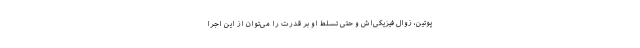
پوتین، زوال فیزیکی‌اش و حتی تسلط او بر قدرت را می‌توان از این اجرا